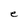
Character: e